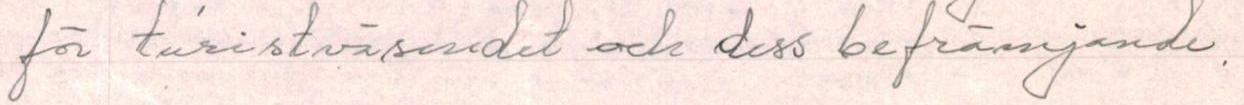
för turistväsendet och dess befrämjande.